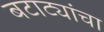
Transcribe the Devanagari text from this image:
बटाट्यांचा